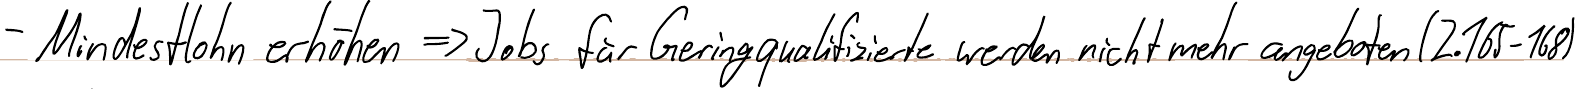
- Mindestlohn erhöhen => Jobs für Geringqualifizierte werden nicht mehr angeboten (Z.165-168)